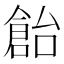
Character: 𠏓